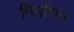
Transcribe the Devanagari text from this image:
निर्माणन